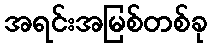
အရင်းအမြစ်တစ်ခု